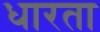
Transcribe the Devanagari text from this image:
धारता